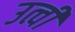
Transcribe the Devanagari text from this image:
उत्वी